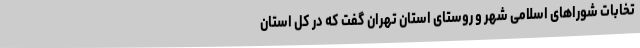
تخابات شوراهای اسلامی شهر و روستای استان تهران گفت که در کل استان